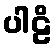
ပါဠိ